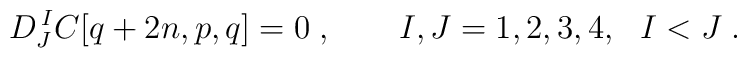
D^{\,I}_J C[q+2n,p,q] = 0 \;, \qquad I,J=1,2,3,4,\ \ I<J\;.